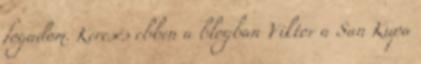
fogadom. Keresés ebben a blogban Viktor a San Kupa